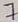
Text: 7